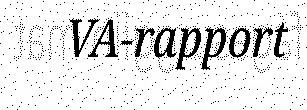
VA-rapport